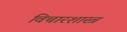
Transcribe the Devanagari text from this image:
विचारशास्त्र